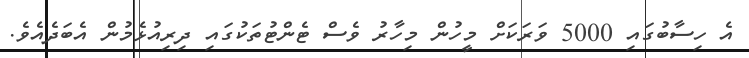
އެ ހިސާބުގައި 5000 ވަރަކަށް މީހުން މިހާރު ވެސް ޓެންޓުތަކުގައި ދިރިއުޅެމުން އެބަދެއެވެ.